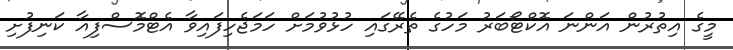
މީގެ އިތުރުން އަންނަ އޮކްޓޯބަރު މަހުގެ ތެރޭގައި ހުޅުވުމަށް ހަމަޖެހިފައިވާ އެޓްމޮސްފިއާ ކަނިފުށި